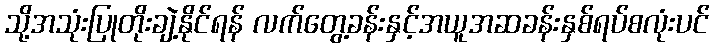
သို့အသုံးပြုတိုးချဲ့နိုင်ရန် လက်တွေ့ခန်းနှင့်အယူအဆခန်းနှစ်ရပ်စလုံးပင်